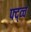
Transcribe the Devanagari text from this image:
फ्द्व्च